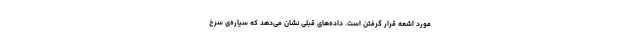
مورد اشعه قرار گرفتن است. داده‌های قبلی نشان می‌دهد که سیاره‌ی سرخ